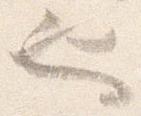
也